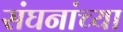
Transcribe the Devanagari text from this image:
संघनांच्या